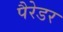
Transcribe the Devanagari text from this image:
पैरेडर